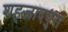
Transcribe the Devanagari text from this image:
शहजादपुरा